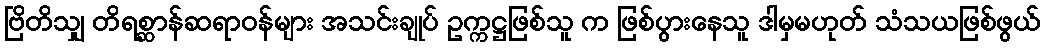
ဗြိတိသျှ တိရစ္ဆာန်ဆရာဝန်များ အသင်းချုပ် ဥက္ကဋ္ဌဖြစ်သူ က ဖြစ်ပွားနေသူ ဒါမှမဟုတ် သံသယဖြစ်ဖွယ်